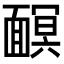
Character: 𩈹